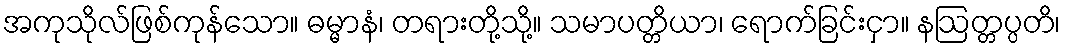
အကုသိုလ်ဖြစ်ကုန်သော။ ဓမ္မာနံ၊ တရားတို့သို့။ သမာပတ္တိယာ၊ ရောက်ခြင်းငှာ။ နဩတ္တပ္ပတိ၊